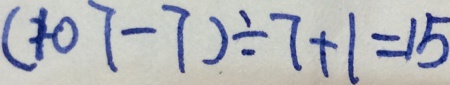
( 1 0 7 - 7 ) \div 7 + 1 = 1 5